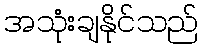
အသုံးချနိုင်သည်